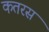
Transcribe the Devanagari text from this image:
कतरस